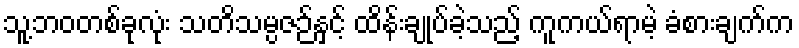
သူ့ဘဝတစ်ခုလုံး သတိသမ္ပဇဉ်နှင့် ထိန်းချုပ်ခဲ့သည့် ကူကယ်ရာမဲ့ ခံစားချက်က